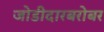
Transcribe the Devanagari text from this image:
जोडीदारबरोबर